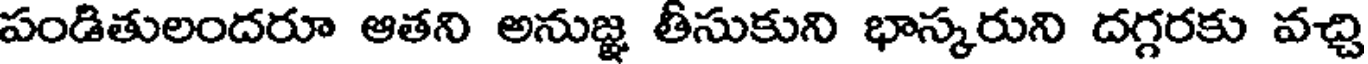
పండితులందరూ ఆతని అనుజ్ఞ తీసుకుని భాస్కరుని దగ్గరకు వచ్చి